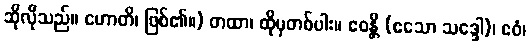
ဆိုလိုသည်။ ဟောတိ၊ ဖြစ်၏။) တထာ၊ ထိုမှတစ်ပါး။ ဧဝန္တိ (ဧသော သဒ္ဒေါ)၊ ဧဝံ၊